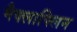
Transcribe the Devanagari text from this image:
मैक्लाफ्लिन